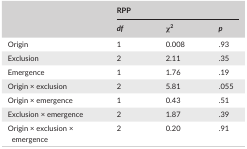
<table><thead><tr><td rowspan="2"></td><td colspan="3"><b>RPP</b></td></tr><tr><td><b><i>df</i></b></td><td><b>χ<sup>2</sup></b></td><td><b><i>p</i></b></td></tr></thead><tbody><tr><td>Origin</td><td>1</td><td>0.008 </td><td>.93</td></tr><tr><td>Exclusion</td><td>2</td><td>2.11</td><td>.35 </td></tr><tr><td>Emergence</td><td>1</td><td>1.76 </td><td>.19 </td></tr><tr><td>Origin × exclusion</td><td>2</td><td>5.81</td><td>.055</td></tr><tr><td>Origin × emergence</td><td>1</td><td>0.43 </td><td>.51</td></tr><tr><td>Exclusion × emergence</td><td>2</td><td>1.87 </td><td>.39 </td></tr><tr><td>Origin × exclusion × emergence</td><td>2</td><td>0.20</td><td>.91</td></tr></tbody></table>